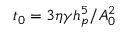
t _ { 0 } = 3 \eta \gamma h _ { p } ^ { 5 } / A _ { 0 } ^ { 2 }